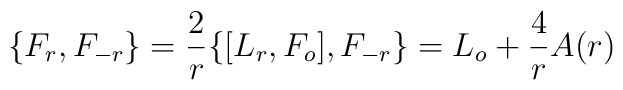
\{ F_r , F_{-r}\} = \frac{2}{r}\{ [L_r ,F_o], F_{-r}\} =L_o + \frac{4}{r} A(r)